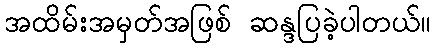
အထိမ်းအမှတ်အဖြစ် ဆန္ဒပြခဲ့ပါတယ်။